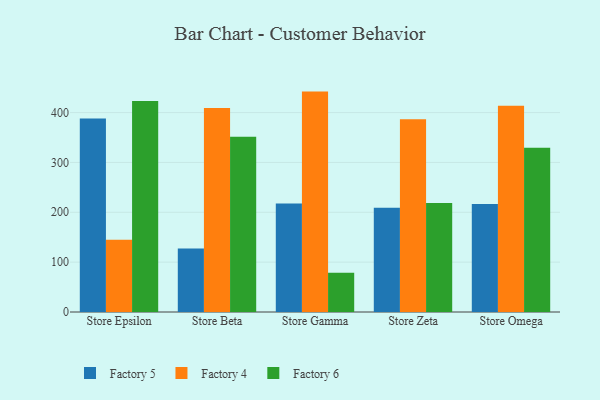
{"axis": {"x": "Store", "y": "Customer Acquisition Cost (USD)"}, "legend": ["Factory 4", "Factory 5", "Factory 6"], "data": [{"x": "Store Epsilon", "y": 388.2, "type": "Factory 5"}, {"x": "Store Epsilon", "y": 144.8, "type": "Factory 4"}, {"x": "Store Epsilon", "y": 423.1, "type": "Factory 6"}, {"x": "Store Beta", "y": 127.4, "type": "Factory 5"}, {"x": "Store Beta", "y": 409.2, "type": "Factory 4"}, {"x": "Store Beta", "y": 351.3, "type": "Factory 6"}, {"x": "Store Gamma", "y": 217.4, "type": "Factory 5"}, {"x": "Store Gamma", "y": 442.1, "type": "Factory 4"}, {"x": "Store Gamma", "y": 78.6, "type": "Factory 6"}, {"x": "Store Zeta", "y": 209.0, "type": "Factory 5"}, {"x": "Store Zeta", "y": 386.8, "type": "Factory 4"}, {"x": "Store Zeta", "y": 218.6, "type": "Factory 6"}, {"x": "Store Omega", "y": 216.6, "type": "Factory 5"}, {"x": "Store Omega", "y": 413.8, "type": "Factory 4"}, {"x": "Store Omega", "y": 329.7, "type": "Factory 6"}]}